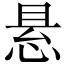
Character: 悬